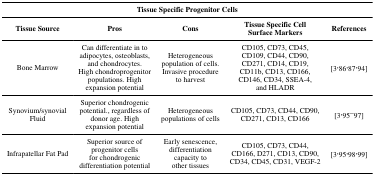
<table><thead><tr><td colspan="5"><b>Tissue Specific Progenitor Cells</b></td></tr><tr><td><b>Tissue Source</b></td><td><b>Pros</b></td><td><b>Cons</b></td><td><b>Tissue Specific CellSurface Markers</b></td><td><b>References</b></td></tr></thead><tbody><tr><td>Bone Marrow</td><td>Can differentiate in toadipocytes, osteoblasts,and chondrocytes.High chondroprogenitorpopulations. Highexpansion potential</td><td>Heterogeneouspopulation of cells.Invasive procedureto harvest</td><td>CD105, CD73, CD45,CD109, CD44, CD90,CD271, CD14, CD19,CD11b, CD13, CD166,CD146, CD34, SSEA-4,and HLADR</td><td>[3,86,87,94]</td></tr><tr><td>Synovium/synovialFluid</td><td>Superior chondrogenicpotential., regardless ofdonor age. Highexpansion potential</td><td>Heterogeneouspopulations of cells</td><td>CD105, CD73, CD44, CD90,CD271, CD13, CD166</td><td>[3,95–97]</td></tr><tr><td>Infrapatellar Fat Pad</td><td>Superior source ofprogenitor cellsfor chondrogenicdifferentiation potential</td><td>Early senescence,differentiationcapacity toother tissues</td><td>CD105, CD73, CD44,CD166, D271, CD13, CD90,CD34, CD45, CD31, VEGF-2</td><td>[3,95,98,99]</td></tr></tbody></table>